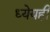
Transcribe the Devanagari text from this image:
ध्येयही